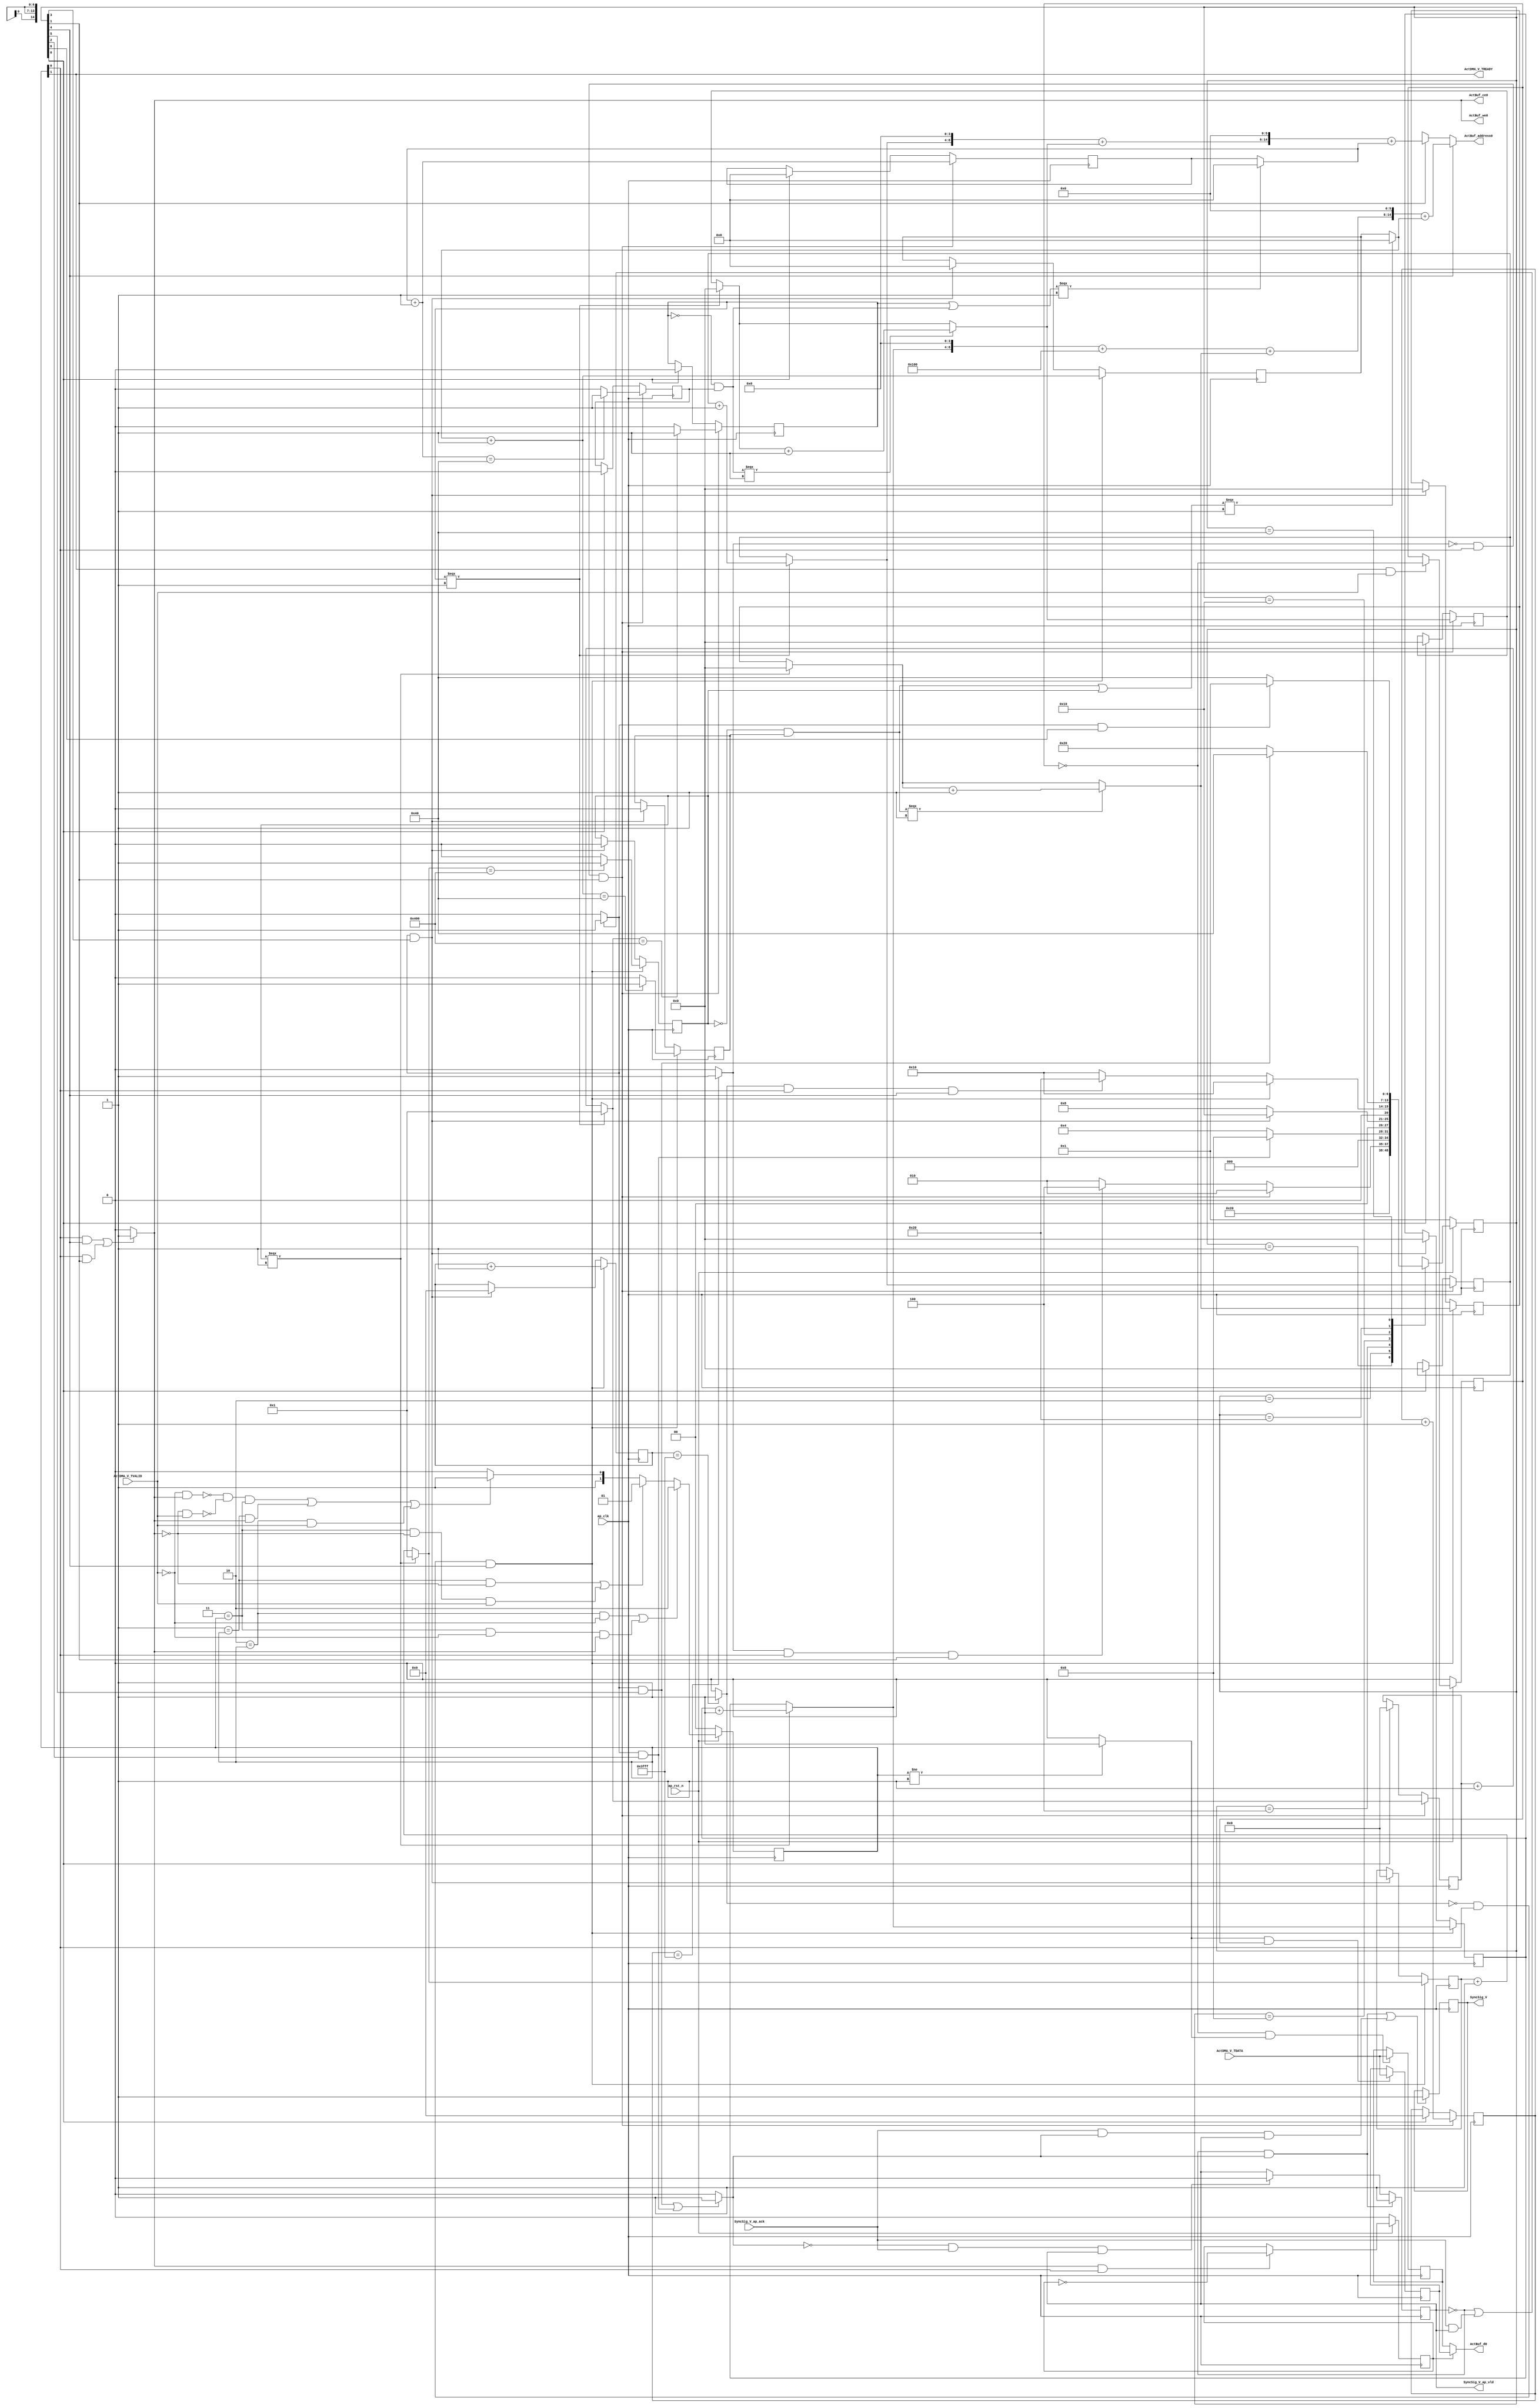
// ==============================================================
// RTL generated by Vivado(TM) HLS - High-Level Synthesis from C, C++ and SystemC
// Version: 2018.3
// Copyright (C) 1986-2018 Xilinx, Inc. All Rights Reserved.
// 
// ===========================================================

`timescale 1 ns / 1 ps 

(* CORE_GENERATION_INFO="Layer6_WriteAct,hls_ip_2018_3,{HLS_INPUT_TYPE=cxx,HLS_INPUT_FLOAT=0,HLS_INPUT_FIXED=0,HLS_INPUT_PART=xczu15eg-ffvb1156-2-i,HLS_INPUT_CLOCK=10.000000,HLS_INPUT_ARCH=others,HLS_SYN_CLOCK=4.667000,HLS_SYN_LAT=32772,HLS_SYN_TPT=none,HLS_SYN_MEM=0,HLS_SYN_DSP=0,HLS_SYN_FF=119,HLS_SYN_LUT=667,HLS_VERSION=2018_3}" *)

module Layer6_WriteAct (
        ap_clk,
        ap_rst_n,
        ActDMA_V_TDATA,
        ActDMA_V_TVALID,
        ActDMA_V_TREADY,
        SyncSig_V,
        SyncSig_V_ap_vld,
        SyncSig_V_ap_ack,
        ActBuf_address0,
        ActBuf_ce0,
        ActBuf_we0,
        ActBuf_d0
);

parameter    ap_ST_fsm_state1 = 7'd1;
parameter    ap_ST_fsm_state2 = 7'd2;
parameter    ap_ST_fsm_state3 = 7'd4;
parameter    ap_ST_fsm_state4 = 7'd8;
parameter    ap_ST_fsm_state5 = 7'd16;
parameter    ap_ST_fsm_state6 = 7'd32;
parameter    ap_ST_fsm_state7 = 7'd64;

input   ap_clk;
input   ap_rst_n;
input  [7:0] ActDMA_V_TDATA;
input   ActDMA_V_TVALID;
output   ActDMA_V_TREADY;
output   SyncSig_V;
output   SyncSig_V_ap_vld;
input   SyncSig_V_ap_ack;
output  [14:0] ActBuf_address0;
output   ActBuf_ce0;
output   ActBuf_we0;
output  [7:0] ActBuf_d0;

reg[14:0] ActBuf_address0;
reg ActBuf_ce0;
reg ActBuf_we0;

 reg    ap_rst_n_inv;
reg   [7:0] ActDMA_V_0_data_out;
wire    ActDMA_V_0_vld_in;
wire    ActDMA_V_0_vld_out;
wire    ActDMA_V_0_ack_in;
reg    ActDMA_V_0_ack_out;
reg   [7:0] ActDMA_V_0_payload_A;
reg   [7:0] ActDMA_V_0_payload_B;
reg    ActDMA_V_0_sel_rd;
reg    ActDMA_V_0_sel_wr;
wire    ActDMA_V_0_sel;
wire    ActDMA_V_0_load_A;
wire    ActDMA_V_0_load_B;
reg   [1:0] ActDMA_V_0_state;
wire    ActDMA_V_0_state_cmp_full;
reg    SyncSig_V_1_data_reg;
reg    SyncSig_V_1_vld_reg;
reg    SyncSig_V_1_vld_in;
reg    SyncSig_V_1_ack_in;
wire    SyncSig_V_1_ack_out;
reg    ActDMA_V_TDATA_blk_n;
(* fsm_encoding = "none" *) reg   [6:0] ap_CS_fsm;
wire    ap_CS_fsm_state2;
wire    ap_CS_fsm_state5;
reg    SyncSig_V_blk_n;
wire    ap_CS_fsm_state3;
wire    ap_CS_fsm_state4;
wire    ap_CS_fsm_state6;
wire    ap_CS_fsm_state7;
wire   [4:0] t_V_fu_306_p3;
wire   [4:0] t_V_2_fu_334_p3;
wire   [6:0] t_V_9_fu_391_p2;
wire   [11:0] indvar_flatten_next_fu_403_p3;
wire   [13:0] indvar_flatten_next1_fu_411_p2;
wire   [0:0] exitcond5_fu_417_p2;
wire   [0:0] exitcond_flatten_fu_423_p2;
wire   [4:0] t_V_6_fu_461_p3;
wire   [4:0] t_V_7_fu_489_p3;
wire   [6:0] t_V_10_fu_552_p2;
wire   [11:0] indvar_flatten_next2_fu_564_p3;
wire   [13:0] indvar_flatten_next3_fu_572_p2;
wire   [0:0] exitcond_fu_578_p2;
wire   [0:0] exitcond_flatten2_fu_584_p2;
reg   [0:0] exitcond_flatten4_reg_126;
wire    ap_CS_fsm_state1;
wire   [0:0] exitcond_flatten1_fu_429_p2;
reg   [0:0] exitcond1_reg_137;
reg   [6:0] t_V_s_reg_148;
reg   [4:0] t_V_1_reg_159;
reg   [11:0] indvar_flatten_reg_170;
reg   [4:0] t_V9_reg_181;
reg   [13:0] indvar_flatten1_reg_192;
reg   [0:0] exitcond_flatten5_reg_203;
wire   [0:0] exitcond_flatten3_fu_590_p2;
reg   [0:0] exitcond6_reg_214;
reg   [6:0] t_V_3_reg_225;
reg   [4:0] t_V_4_reg_236;
reg   [11:0] indvar_flatten2_reg_247;
reg   [4:0] t_V_5_reg_258;
reg   [13:0] indvar_flatten3_reg_269;
wire   [63:0] tmp_15_cast_fu_386_p1;
wire   [63:0] tmp_23_cast_fu_547_p1;
wire   [0:0] not_exitcond_flatten_fu_294_p2;
wire   [4:0] r_V_fu_280_p2;
wire   [4:0] t_V_2_mid_fu_286_p3;
wire   [0:0] exitcond5_mid_fu_300_p2;
wire   [0:0] tmp_5_fu_320_p2;
wire   [4:0] c_V_fu_314_p2;
wire   [6:0] t_V_3_mid2_fu_326_p3;
wire   [8:0] tmp_8_fu_350_p3;
wire   [9:0] tmp_11_cast_fu_358_p1;
wire   [9:0] tmp_7_cast_fu_346_p1;
wire   [9:0] tmp_s_fu_362_p2;
wire   [15:0] tmp_fu_368_p3;
wire   [16:0] tmp_14_cast_fu_376_p1;
wire   [16:0] tmp_6_cast_fu_342_p1;
wire   [16:0] tmp_1_fu_380_p2;
wire   [11:0] indvar_flatten_op_fu_397_p2;
wire   [0:0] not_exitcond_flatten_2_fu_449_p2;
wire   [4:0] r_V_1_fu_435_p2;
wire   [4:0] t_V_4_mid_fu_441_p3;
wire   [0:0] exitcond_mid_fu_455_p2;
wire   [0:0] tmp_2_fu_475_p2;
wire   [4:0] c_V_1_fu_469_p2;
wire   [6:0] t_V_5_mid2_fu_481_p3;
wire   [8:0] tmp_4_fu_505_p3;
wire   [9:0] tmp_18_cast_fu_513_p1;
wire   [9:0] tmp_6_fu_517_p2;
wire   [9:0] tmp_4_cast_fu_501_p1;
wire   [9:0] tmp_7_fu_523_p2;
wire   [15:0] tmp_10_fu_529_p3;
wire   [16:0] tmp_22_cast_fu_537_p1;
wire   [16:0] tmp_cast_fu_497_p1;
wire   [16:0] tmp_11_fu_541_p2;
wire   [11:0] indvar_flatten18_op_fu_558_p2;
reg   [6:0] ap_NS_fsm;

// power-on initialization
initial begin
#0 ActDMA_V_0_sel_rd = 1'b0;
#0 ActDMA_V_0_sel_wr = 1'b0;
#0 ActDMA_V_0_state = 2'd0;
#0 SyncSig_V_1_data_reg = 1'b0;
#0 SyncSig_V_1_vld_reg = 1'b0;
#0 ap_CS_fsm = 7'd1;
end

always @ (posedge ap_clk) begin
    if (ap_rst_n_inv == 1'b1) begin
        ActDMA_V_0_sel_rd <= 1'b0;
    end else begin
        if (((1'b1 == ActDMA_V_0_ack_out) & (1'b1 == ActDMA_V_0_vld_out))) begin
            ActDMA_V_0_sel_rd <= ~ActDMA_V_0_sel_rd;
        end
    end
end

always @ (posedge ap_clk) begin
    if (ap_rst_n_inv == 1'b1) begin
        ActDMA_V_0_sel_wr <= 1'b0;
    end else begin
        if (((1'b1 == ActDMA_V_0_ack_in) & (1'b1 == ActDMA_V_0_vld_in))) begin
            ActDMA_V_0_sel_wr <= ~ActDMA_V_0_sel_wr;
        end
    end
end

always @ (posedge ap_clk) begin
    if (ap_rst_n_inv == 1'b1) begin
        ActDMA_V_0_state <= 2'd0;
    end else begin
        if ((((2'd2 == ActDMA_V_0_state) & (1'b0 == ActDMA_V_0_vld_in)) | ((2'd3 == ActDMA_V_0_state) & (1'b0 == ActDMA_V_0_vld_in) & (1'b1 == ActDMA_V_0_ack_out)))) begin
            ActDMA_V_0_state <= 2'd2;
        end else if ((((2'd1 == ActDMA_V_0_state) & (1'b0 == ActDMA_V_0_ack_out)) | ((2'd3 == ActDMA_V_0_state) & (1'b0 == ActDMA_V_0_ack_out) & (1'b1 == ActDMA_V_0_vld_in)))) begin
            ActDMA_V_0_state <= 2'd1;
        end else if (((~((1'b0 == ActDMA_V_0_vld_in) & (1'b1 == ActDMA_V_0_ack_out)) & ~((1'b0 == ActDMA_V_0_ack_out) & (1'b1 == ActDMA_V_0_vld_in)) & (2'd3 == ActDMA_V_0_state)) | ((2'd1 == ActDMA_V_0_state) & (1'b1 == ActDMA_V_0_ack_out)) | ((2'd2 == ActDMA_V_0_state) & (1'b1 == ActDMA_V_0_vld_in)))) begin
            ActDMA_V_0_state <= 2'd3;
        end else begin
            ActDMA_V_0_state <= 2'd2;
        end
    end
end

always @ (posedge ap_clk) begin
    if (ap_rst_n_inv == 1'b1) begin
        ap_CS_fsm <= ap_ST_fsm_state1;
    end else begin
        ap_CS_fsm <= ap_NS_fsm;
    end
end

always @ (posedge ap_clk) begin
    if (((1'b0 == SyncSig_V_1_vld_reg) & (1'b1 == SyncSig_V_1_vld_in))) begin
        SyncSig_V_1_vld_reg <= 1'b1;
    end else if (((1'b0 == SyncSig_V_1_vld_in) & (1'b1 == SyncSig_V_1_ack_out) & (1'b1 == SyncSig_V_1_vld_reg))) begin
        SyncSig_V_1_vld_reg <= 1'b0;
    end
end

always @ (posedge ap_clk) begin
    if (((exitcond_flatten1_fu_429_p2 == 1'd0) & (1'b1 == ActDMA_V_0_vld_out) & (1'b1 == ap_CS_fsm_state2))) begin
        exitcond1_reg_137 <= exitcond5_fu_417_p2;
    end else if ((1'b1 == ap_CS_fsm_state1)) begin
        exitcond1_reg_137 <= 1'd0;
    end
end

always @ (posedge ap_clk) begin
    if (((exitcond_flatten3_fu_590_p2 == 1'd0) & (1'b1 == ActDMA_V_0_vld_out) & (1'b1 == ap_CS_fsm_state5))) begin
        exitcond6_reg_214 <= exitcond_fu_578_p2;
    end else if (((1'b1 == SyncSig_V_1_ack_in) & (1'b1 == ap_CS_fsm_state4))) begin
        exitcond6_reg_214 <= 1'd0;
    end
end

always @ (posedge ap_clk) begin
    if (((exitcond_flatten1_fu_429_p2 == 1'd0) & (1'b1 == ActDMA_V_0_vld_out) & (1'b1 == ap_CS_fsm_state2))) begin
        exitcond_flatten4_reg_126 <= exitcond_flatten_fu_423_p2;
    end else if ((1'b1 == ap_CS_fsm_state1)) begin
        exitcond_flatten4_reg_126 <= 1'd0;
    end
end

always @ (posedge ap_clk) begin
    if (((exitcond_flatten3_fu_590_p2 == 1'd0) & (1'b1 == ActDMA_V_0_vld_out) & (1'b1 == ap_CS_fsm_state5))) begin
        exitcond_flatten5_reg_203 <= exitcond_flatten2_fu_584_p2;
    end else if (((1'b1 == SyncSig_V_1_ack_in) & (1'b1 == ap_CS_fsm_state4))) begin
        exitcond_flatten5_reg_203 <= 1'd0;
    end
end

always @ (posedge ap_clk) begin
    if (((exitcond_flatten1_fu_429_p2 == 1'd0) & (1'b1 == ActDMA_V_0_vld_out) & (1'b1 == ap_CS_fsm_state2))) begin
        indvar_flatten1_reg_192 <= indvar_flatten_next1_fu_411_p2;
    end else if ((1'b1 == ap_CS_fsm_state1)) begin
        indvar_flatten1_reg_192 <= 14'd0;
    end
end

always @ (posedge ap_clk) begin
    if (((exitcond_flatten3_fu_590_p2 == 1'd0) & (1'b1 == ActDMA_V_0_vld_out) & (1'b1 == ap_CS_fsm_state5))) begin
        indvar_flatten2_reg_247 <= indvar_flatten_next2_fu_564_p3;
    end else if (((1'b1 == SyncSig_V_1_ack_in) & (1'b1 == ap_CS_fsm_state4))) begin
        indvar_flatten2_reg_247 <= 12'd0;
    end
end

always @ (posedge ap_clk) begin
    if (((exitcond_flatten3_fu_590_p2 == 1'd0) & (1'b1 == ActDMA_V_0_vld_out) & (1'b1 == ap_CS_fsm_state5))) begin
        indvar_flatten3_reg_269 <= indvar_flatten_next3_fu_572_p2;
    end else if (((1'b1 == SyncSig_V_1_ack_in) & (1'b1 == ap_CS_fsm_state4))) begin
        indvar_flatten3_reg_269 <= 14'd0;
    end
end

always @ (posedge ap_clk) begin
    if (((exitcond_flatten1_fu_429_p2 == 1'd0) & (1'b1 == ActDMA_V_0_vld_out) & (1'b1 == ap_CS_fsm_state2))) begin
        indvar_flatten_reg_170 <= indvar_flatten_next_fu_403_p3;
    end else if ((1'b1 == ap_CS_fsm_state1)) begin
        indvar_flatten_reg_170 <= 12'd0;
    end
end

always @ (posedge ap_clk) begin
    if (((exitcond_flatten1_fu_429_p2 == 1'd0) & (1'b1 == ActDMA_V_0_vld_out) & (1'b1 == ap_CS_fsm_state2))) begin
        t_V9_reg_181 <= t_V_fu_306_p3;
    end else if ((1'b1 == ap_CS_fsm_state1)) begin
        t_V9_reg_181 <= 5'd0;
    end
end

always @ (posedge ap_clk) begin
    if (((exitcond_flatten1_fu_429_p2 == 1'd0) & (1'b1 == ActDMA_V_0_vld_out) & (1'b1 == ap_CS_fsm_state2))) begin
        t_V_1_reg_159 <= t_V_2_fu_334_p3;
    end else if ((1'b1 == ap_CS_fsm_state1)) begin
        t_V_1_reg_159 <= 5'd0;
    end
end

always @ (posedge ap_clk) begin
    if (((exitcond_flatten3_fu_590_p2 == 1'd0) & (1'b1 == ActDMA_V_0_vld_out) & (1'b1 == ap_CS_fsm_state5))) begin
        t_V_3_reg_225 <= t_V_10_fu_552_p2;
    end else if (((1'b1 == SyncSig_V_1_ack_in) & (1'b1 == ap_CS_fsm_state4))) begin
        t_V_3_reg_225 <= 7'd0;
    end
end

always @ (posedge ap_clk) begin
    if (((exitcond_flatten3_fu_590_p2 == 1'd0) & (1'b1 == ActDMA_V_0_vld_out) & (1'b1 == ap_CS_fsm_state5))) begin
        t_V_4_reg_236 <= t_V_7_fu_489_p3;
    end else if (((1'b1 == SyncSig_V_1_ack_in) & (1'b1 == ap_CS_fsm_state4))) begin
        t_V_4_reg_236 <= 5'd0;
    end
end

always @ (posedge ap_clk) begin
    if (((exitcond_flatten3_fu_590_p2 == 1'd0) & (1'b1 == ActDMA_V_0_vld_out) & (1'b1 == ap_CS_fsm_state5))) begin
        t_V_5_reg_258 <= t_V_6_fu_461_p3;
    end else if (((1'b1 == SyncSig_V_1_ack_in) & (1'b1 == ap_CS_fsm_state4))) begin
        t_V_5_reg_258 <= 5'd0;
    end
end

always @ (posedge ap_clk) begin
    if (((exitcond_flatten1_fu_429_p2 == 1'd0) & (1'b1 == ActDMA_V_0_vld_out) & (1'b1 == ap_CS_fsm_state2))) begin
        t_V_s_reg_148 <= t_V_9_fu_391_p2;
    end else if ((1'b1 == ap_CS_fsm_state1)) begin
        t_V_s_reg_148 <= 7'd0;
    end
end

always @ (posedge ap_clk) begin
    if ((1'b1 == ActDMA_V_0_load_A)) begin
        ActDMA_V_0_payload_A <= ActDMA_V_TDATA;
    end
end

always @ (posedge ap_clk) begin
    if ((1'b1 == ActDMA_V_0_load_B)) begin
        ActDMA_V_0_payload_B <= ActDMA_V_TDATA;
    end
end

always @ (posedge ap_clk) begin
    if ((((1'b0 == SyncSig_V_1_vld_reg) & (1'b1 == SyncSig_V_1_vld_in)) | ((1'b1 == SyncSig_V_1_ack_out) & (1'b1 == SyncSig_V_1_vld_in) & (1'b1 == SyncSig_V_1_vld_reg)))) begin
        SyncSig_V_1_data_reg <= 1'd1;
    end
end

always @ (*) begin
    if ((1'b1 == ap_CS_fsm_state5)) begin
        ActBuf_address0 = tmp_23_cast_fu_547_p1;
    end else if ((1'b1 == ap_CS_fsm_state2)) begin
        ActBuf_address0 = tmp_15_cast_fu_386_p1;
    end else begin
        ActBuf_address0 = 'bx;
    end
end

always @ (*) begin
    if ((((1'b1 == ActDMA_V_0_vld_out) & (1'b1 == ap_CS_fsm_state5)) | ((1'b1 == ActDMA_V_0_vld_out) & (1'b1 == ap_CS_fsm_state2)))) begin
        ActBuf_ce0 = 1'b1;
    end else begin
        ActBuf_ce0 = 1'b0;
    end
end

always @ (*) begin
    if ((((1'b1 == ActDMA_V_0_vld_out) & (1'b1 == ap_CS_fsm_state5)) | ((1'b1 == ActDMA_V_0_vld_out) & (1'b1 == ap_CS_fsm_state2)))) begin
        ActBuf_we0 = 1'b1;
    end else begin
        ActBuf_we0 = 1'b0;
    end
end

always @ (*) begin
    if ((((1'b1 == ActDMA_V_0_vld_out) & (1'b1 == ap_CS_fsm_state5)) | ((1'b1 == ActDMA_V_0_vld_out) & (1'b1 == ap_CS_fsm_state2)))) begin
        ActDMA_V_0_ack_out = 1'b1;
    end else begin
        ActDMA_V_0_ack_out = 1'b0;
    end
end

always @ (*) begin
    if ((1'b1 == ActDMA_V_0_sel)) begin
        ActDMA_V_0_data_out = ActDMA_V_0_payload_B;
    end else begin
        ActDMA_V_0_data_out = ActDMA_V_0_payload_A;
    end
end

always @ (*) begin
    if (((1'b1 == ap_CS_fsm_state5) | (1'b1 == ap_CS_fsm_state2))) begin
        ActDMA_V_TDATA_blk_n = ActDMA_V_0_state[1'd0];
    end else begin
        ActDMA_V_TDATA_blk_n = 1'b1;
    end
end

always @ (*) begin
    if (((1'b0 == SyncSig_V_1_vld_reg) | ((1'b1 == SyncSig_V_1_ack_out) & (1'b1 == SyncSig_V_1_vld_reg)))) begin
        SyncSig_V_1_ack_in = 1'b1;
    end else begin
        SyncSig_V_1_ack_in = 1'b0;
    end
end

always @ (*) begin
    if ((((1'b1 == SyncSig_V_1_ack_in) & (1'b1 == ap_CS_fsm_state6)) | ((1'b1 == SyncSig_V_1_ack_in) & (1'b1 == ap_CS_fsm_state3)))) begin
        SyncSig_V_1_vld_in = 1'b1;
    end else begin
        SyncSig_V_1_vld_in = 1'b0;
    end
end

always @ (*) begin
    if (((1'b1 == ap_CS_fsm_state7) | (1'b1 == ap_CS_fsm_state6) | (1'b1 == ap_CS_fsm_state4) | (1'b1 == ap_CS_fsm_state3))) begin
        SyncSig_V_blk_n = SyncSig_V_1_ack_in;
    end else begin
        SyncSig_V_blk_n = 1'b1;
    end
end

always @ (*) begin
    case (ap_CS_fsm)
        ap_ST_fsm_state1 : begin
            ap_NS_fsm = ap_ST_fsm_state2;
        end
        ap_ST_fsm_state2 : begin
            if (((exitcond_flatten1_fu_429_p2 == 1'd0) & (1'b1 == ActDMA_V_0_vld_out) & (1'b1 == ap_CS_fsm_state2))) begin
                ap_NS_fsm = ap_ST_fsm_state2;
            end else if (((exitcond_flatten1_fu_429_p2 == 1'd1) & (1'b1 == ActDMA_V_0_vld_out) & (1'b1 == ap_CS_fsm_state2))) begin
                ap_NS_fsm = ap_ST_fsm_state3;
            end else begin
                ap_NS_fsm = ap_ST_fsm_state2;
            end
        end
        ap_ST_fsm_state3 : begin
            if (((1'b1 == SyncSig_V_1_ack_in) & (1'b1 == ap_CS_fsm_state3))) begin
                ap_NS_fsm = ap_ST_fsm_state4;
            end else begin
                ap_NS_fsm = ap_ST_fsm_state3;
            end
        end
        ap_ST_fsm_state4 : begin
            if (((1'b1 == SyncSig_V_1_ack_in) & (1'b1 == ap_CS_fsm_state4))) begin
                ap_NS_fsm = ap_ST_fsm_state5;
            end else begin
                ap_NS_fsm = ap_ST_fsm_state4;
            end
        end
        ap_ST_fsm_state5 : begin
            if (((exitcond_flatten3_fu_590_p2 == 1'd0) & (1'b1 == ActDMA_V_0_vld_out) & (1'b1 == ap_CS_fsm_state5))) begin
                ap_NS_fsm = ap_ST_fsm_state5;
            end else if (((exitcond_flatten3_fu_590_p2 == 1'd1) & (1'b1 == ActDMA_V_0_vld_out) & (1'b1 == ap_CS_fsm_state5))) begin
                ap_NS_fsm = ap_ST_fsm_state6;
            end else begin
                ap_NS_fsm = ap_ST_fsm_state5;
            end
        end
        ap_ST_fsm_state6 : begin
            if (((1'b1 == SyncSig_V_1_ack_in) & (1'b1 == ap_CS_fsm_state6))) begin
                ap_NS_fsm = ap_ST_fsm_state7;
            end else begin
                ap_NS_fsm = ap_ST_fsm_state6;
            end
        end
        ap_ST_fsm_state7 : begin
            if (((1'b1 == SyncSig_V_1_ack_in) & (1'b1 == ap_CS_fsm_state7))) begin
                ap_NS_fsm = ap_ST_fsm_state1;
            end else begin
                ap_NS_fsm = ap_ST_fsm_state7;
            end
        end
        default : begin
            ap_NS_fsm = 'bx;
        end
    endcase
end

assign ActBuf_d0 = ActDMA_V_0_data_out;

assign ActDMA_V_0_ack_in = ActDMA_V_0_state[1'd1];

assign ActDMA_V_0_load_A = (~ActDMA_V_0_sel_wr & ActDMA_V_0_state_cmp_full);

assign ActDMA_V_0_load_B = (ActDMA_V_0_state_cmp_full & ActDMA_V_0_sel_wr);

assign ActDMA_V_0_sel = ActDMA_V_0_sel_rd;

assign ActDMA_V_0_state_cmp_full = ((ActDMA_V_0_state != 2'd1) ? 1'b1 : 1'b0);

assign ActDMA_V_0_vld_in = ActDMA_V_TVALID;

assign ActDMA_V_0_vld_out = ActDMA_V_0_state[1'd0];

assign ActDMA_V_TREADY = ActDMA_V_0_state[1'd1];

assign SyncSig_V = SyncSig_V_1_data_reg;

assign SyncSig_V_1_ack_out = SyncSig_V_ap_ack;

assign SyncSig_V_ap_vld = SyncSig_V_1_vld_reg;

assign ap_CS_fsm_state1 = ap_CS_fsm[32'd0];

assign ap_CS_fsm_state2 = ap_CS_fsm[32'd1];

assign ap_CS_fsm_state3 = ap_CS_fsm[32'd2];

assign ap_CS_fsm_state4 = ap_CS_fsm[32'd3];

assign ap_CS_fsm_state5 = ap_CS_fsm[32'd4];

assign ap_CS_fsm_state6 = ap_CS_fsm[32'd5];

assign ap_CS_fsm_state7 = ap_CS_fsm[32'd6];

always @ (*) begin
    ap_rst_n_inv = ~ap_rst_n;
end

assign c_V_1_fu_469_p2 = (t_V_4_mid_fu_441_p3 + 5'd1);

assign c_V_fu_314_p2 = (t_V_2_mid_fu_286_p3 + 5'd1);

assign exitcond5_fu_417_p2 = ((t_V_9_fu_391_p2 == 7'd64) ? 1'b1 : 1'b0);

assign exitcond5_mid_fu_300_p2 = (not_exitcond_flatten_fu_294_p2 & exitcond1_reg_137);

assign exitcond_flatten1_fu_429_p2 = ((indvar_flatten1_reg_192 == 14'd16383) ? 1'b1 : 1'b0);

assign exitcond_flatten2_fu_584_p2 = ((indvar_flatten_next2_fu_564_p3 == 12'd1024) ? 1'b1 : 1'b0);

assign exitcond_flatten3_fu_590_p2 = ((indvar_flatten3_reg_269 == 14'd16383) ? 1'b1 : 1'b0);

assign exitcond_flatten_fu_423_p2 = ((indvar_flatten_next_fu_403_p3 == 12'd1024) ? 1'b1 : 1'b0);

assign exitcond_fu_578_p2 = ((t_V_10_fu_552_p2 == 7'd64) ? 1'b1 : 1'b0);

assign exitcond_mid_fu_455_p2 = (not_exitcond_flatten_2_fu_449_p2 & exitcond6_reg_214);

assign indvar_flatten18_op_fu_558_p2 = (indvar_flatten2_reg_247 + 12'd1);

assign indvar_flatten_next1_fu_411_p2 = (indvar_flatten1_reg_192 + 14'd1);

assign indvar_flatten_next2_fu_564_p3 = ((exitcond_flatten5_reg_203[0:0] === 1'b1) ? 12'd1 : indvar_flatten18_op_fu_558_p2);

assign indvar_flatten_next3_fu_572_p2 = (indvar_flatten3_reg_269 + 14'd1);

assign indvar_flatten_next_fu_403_p3 = ((exitcond_flatten4_reg_126[0:0] === 1'b1) ? 12'd1 : indvar_flatten_op_fu_397_p2);

assign indvar_flatten_op_fu_397_p2 = (indvar_flatten_reg_170 + 12'd1);

assign not_exitcond_flatten_2_fu_449_p2 = (exitcond_flatten5_reg_203 ^ 1'd1);

assign not_exitcond_flatten_fu_294_p2 = (exitcond_flatten4_reg_126 ^ 1'd1);

assign r_V_1_fu_435_p2 = (t_V_5_reg_258 + 5'd1);

assign r_V_fu_280_p2 = (t_V9_reg_181 + 5'd1);

assign t_V_10_fu_552_p2 = (t_V_5_mid2_fu_481_p3 + 7'd1);

assign t_V_2_fu_334_p3 = ((exitcond5_mid_fu_300_p2[0:0] === 1'b1) ? c_V_fu_314_p2 : t_V_2_mid_fu_286_p3);

assign t_V_2_mid_fu_286_p3 = ((exitcond_flatten4_reg_126[0:0] === 1'b1) ? 5'd0 : t_V_1_reg_159);

assign t_V_3_mid2_fu_326_p3 = ((tmp_5_fu_320_p2[0:0] === 1'b1) ? 7'd0 : t_V_s_reg_148);

assign t_V_4_mid_fu_441_p3 = ((exitcond_flatten5_reg_203[0:0] === 1'b1) ? 5'd0 : t_V_4_reg_236);

assign t_V_5_mid2_fu_481_p3 = ((tmp_2_fu_475_p2[0:0] === 1'b1) ? 7'd0 : t_V_3_reg_225);

assign t_V_6_fu_461_p3 = ((exitcond_flatten5_reg_203[0:0] === 1'b1) ? r_V_1_fu_435_p2 : t_V_5_reg_258);

assign t_V_7_fu_489_p3 = ((exitcond_mid_fu_455_p2[0:0] === 1'b1) ? c_V_1_fu_469_p2 : t_V_4_mid_fu_441_p3);

assign t_V_9_fu_391_p2 = (t_V_3_mid2_fu_326_p3 + 7'd1);

assign t_V_fu_306_p3 = ((exitcond_flatten4_reg_126[0:0] === 1'b1) ? r_V_fu_280_p2 : t_V9_reg_181);

assign tmp_10_fu_529_p3 = {{tmp_7_fu_523_p2}, {6'd0}};

assign tmp_11_cast_fu_358_p1 = tmp_8_fu_350_p3;

assign tmp_11_fu_541_p2 = (tmp_22_cast_fu_537_p1 + tmp_cast_fu_497_p1);

assign tmp_14_cast_fu_376_p1 = tmp_fu_368_p3;

assign tmp_15_cast_fu_386_p1 = tmp_1_fu_380_p2;

assign tmp_18_cast_fu_513_p1 = tmp_4_fu_505_p3;

assign tmp_1_fu_380_p2 = (tmp_14_cast_fu_376_p1 + tmp_6_cast_fu_342_p1);

assign tmp_22_cast_fu_537_p1 = tmp_10_fu_529_p3;

assign tmp_23_cast_fu_547_p1 = tmp_11_fu_541_p2;

assign tmp_2_fu_475_p2 = (exitcond_mid_fu_455_p2 | exitcond_flatten5_reg_203);

assign tmp_4_cast_fu_501_p1 = t_V_7_fu_489_p3;

assign tmp_4_fu_505_p3 = {{t_V_6_fu_461_p3}, {4'd0}};

assign tmp_5_fu_320_p2 = (exitcond_flatten4_reg_126 | exitcond5_mid_fu_300_p2);

assign tmp_6_cast_fu_342_p1 = t_V_3_mid2_fu_326_p3;

assign tmp_6_fu_517_p2 = (tmp_18_cast_fu_513_p1 + 10'd256);

assign tmp_7_cast_fu_346_p1 = t_V_2_fu_334_p3;

assign tmp_7_fu_523_p2 = (tmp_6_fu_517_p2 + tmp_4_cast_fu_501_p1);

assign tmp_8_fu_350_p3 = {{t_V_fu_306_p3}, {4'd0}};

assign tmp_cast_fu_497_p1 = t_V_5_mid2_fu_481_p3;

assign tmp_fu_368_p3 = {{tmp_s_fu_362_p2}, {6'd0}};

assign tmp_s_fu_362_p2 = (tmp_11_cast_fu_358_p1 + tmp_7_cast_fu_346_p1);

endmodule //Layer6_WriteAct